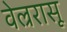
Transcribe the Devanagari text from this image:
वेल्ररासू